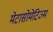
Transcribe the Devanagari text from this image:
मेटासोमेटिज्म